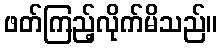
ဖတ်ကြည့်လိုက်မိသည်။